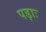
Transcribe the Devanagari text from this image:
पड़ाः